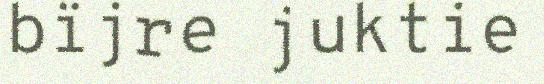
bïjre juktie